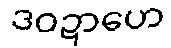
ဒဝဍာဟေ